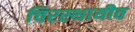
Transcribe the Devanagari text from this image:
चिरस्थायीव